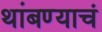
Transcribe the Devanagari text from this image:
थांबण्याचं